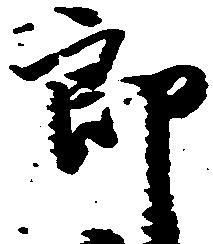
郎